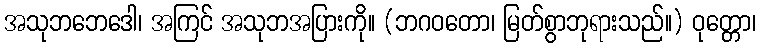
အသုဘဘေဒေါ၊ အကြင် အသုဘအပြားကို။ (ဘဂဝတော၊ မြတ်စွာဘုရားသည်။) ဝုတ္တော၊